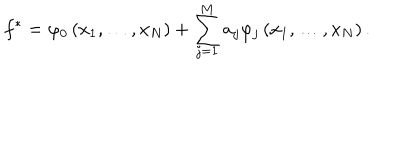
f ^ { * } = \varphi _ { 0 } \left( x _ { 1 } , \ldots , x _ { N } \right) + \sum _ { j = 1 } ^ { M } a _ { j } \varphi _ { j } \left( x _ { 1 } , \ldots , x _ { N } \right) .